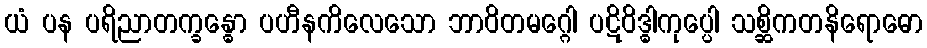
ယံ ပန ပရိညာတက္ခန္ဓော ပဟီနကိလေသော ဘာဝိတမဂ္ဂေါ ပဋိဝိဒ္ဓါကုပ္ပေါ သစ္ဆိကတနိရောဓော